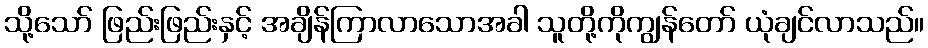
သို့သော် ဖြည်းဖြည်းနှင့် အချိန်ကြာလာသောအခါ သူတို့ကိုကျွန်တော် ယုံချင်လာသည်။